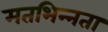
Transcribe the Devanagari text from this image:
मतभिन्‍नता